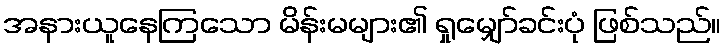
အနားယူနေကြသော မိန်းမများ၏ ရှုမျှော်ခင်းပုံ ဖြစ်သည်။